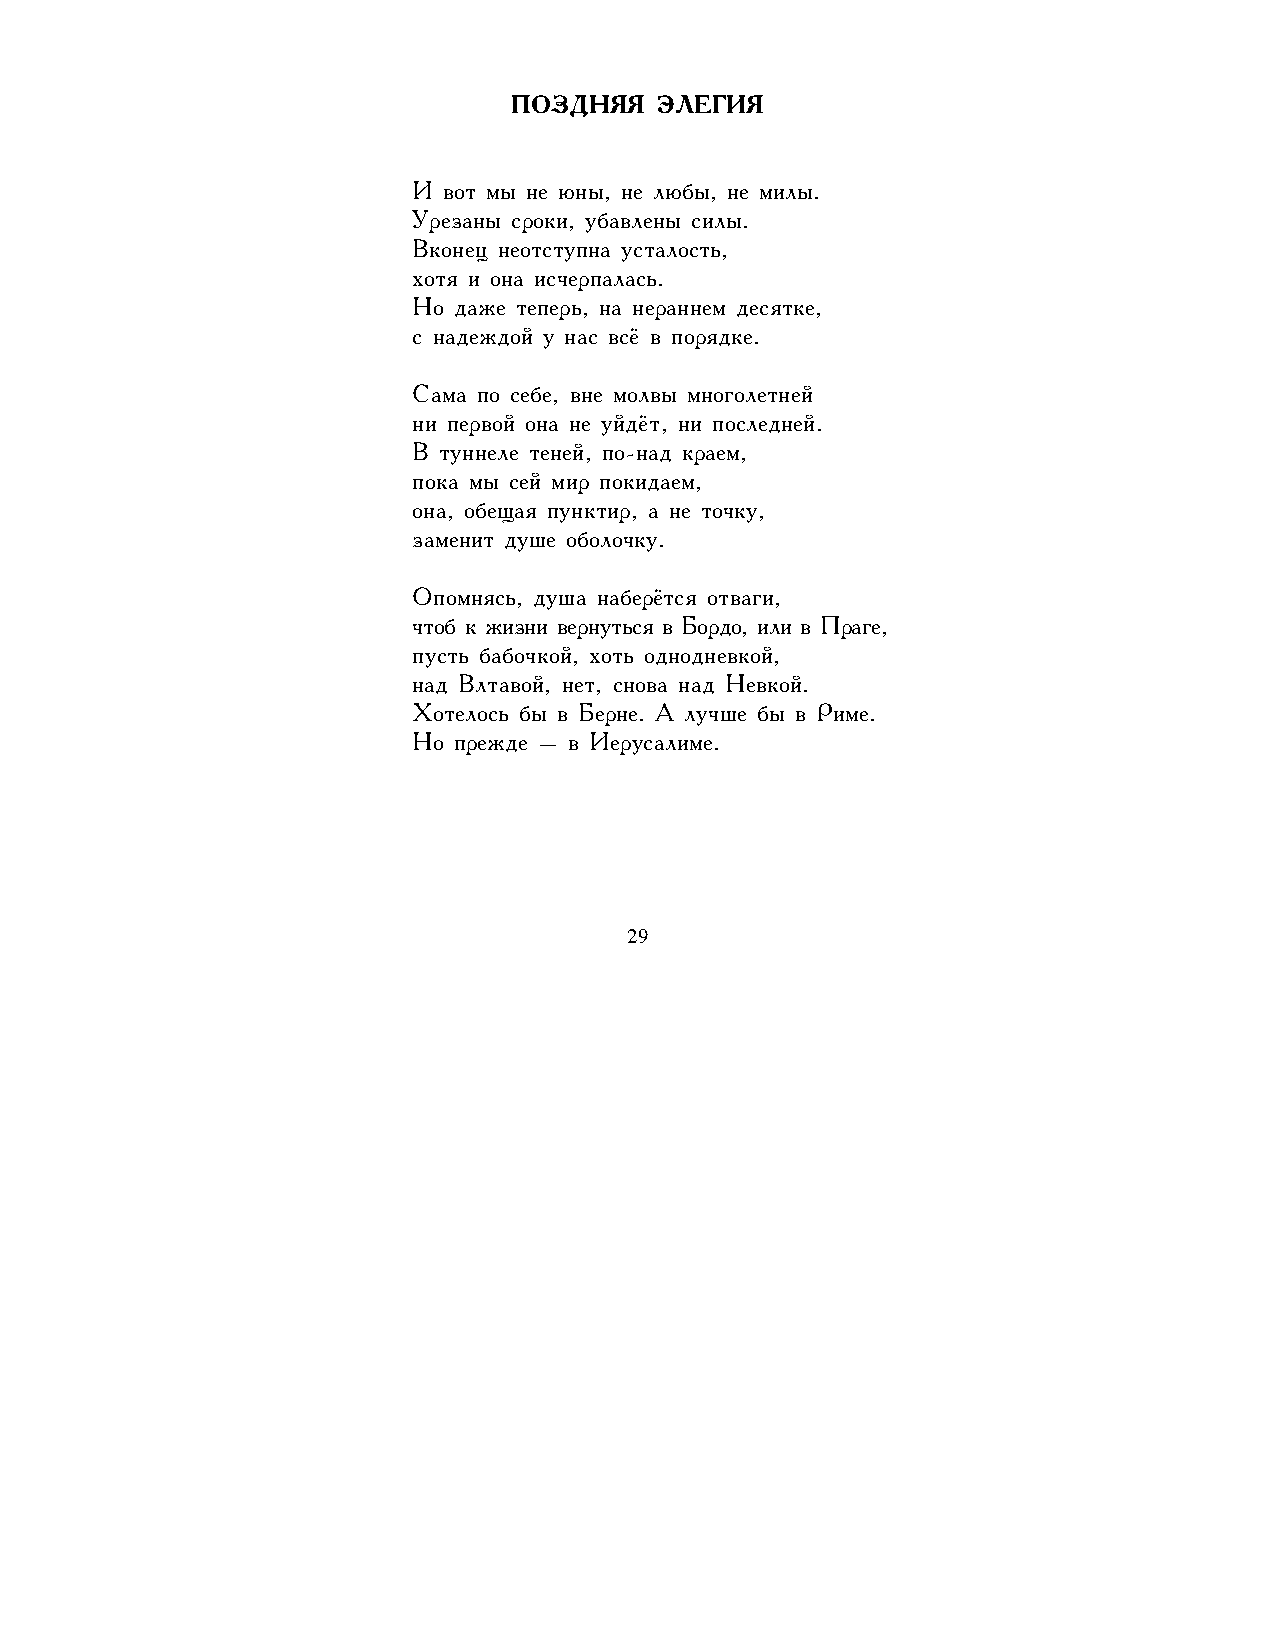
ПОЗДНЯЯ   ЭЛЕГИЯ
 И вот мы не юны, не любы, не милы.
 Урезаны сроки, убавлены силы.
 Вконец неотступна усталость,
 хотя и она исчерпалась.
 Но даже теперь, на нераннем десятке,
 с надеждой у нас всё в порядке.
 Сама по себе, вне молвы многолетней
 ни первой она не уйдёт, ни последней.
 В туннеле теней, по-над краем,
 пока мы сей мир покидаем,
 она, обещая пунктир, а не точку,
 заменит душе оболочку.
 Опомнясь, душа наберётся отваги,
 чтоб к жизни вернуться в Бордо, или в Праге,
 пусть бабочкой, хоть однодневкой,
 над Влтавой, нет, снова над Невкой.
 Хотелось бы в Берне. А лучше бы в Риме.
 Но прежде – в Иерусалиме.
 29